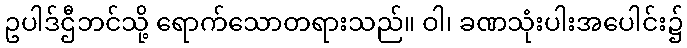
ဥပါဒ်ဌီဘင်သို့ ရောက်သောတရားသည်။ ဝါ၊ ခဏသုံးပါးအပေါင်း၌